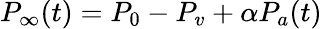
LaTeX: P_{\infty}(t)=P_{0}-P_{v}+\alpha P_{a}(t)